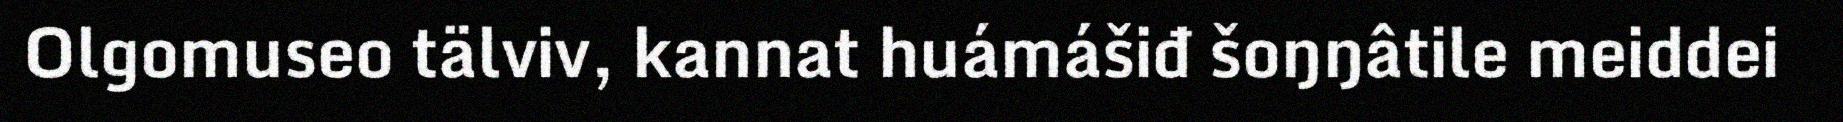
Olgomuseo tälviv, kannat huámášiđ šoŋŋâtile meiddei